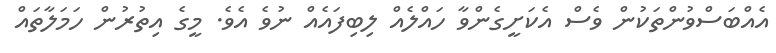
އެއްބަސްވުންތަކުން ވެސް އެކަށީގެންވާ ހައްލެއް ލިބިފައެއް ނުވެ އެވެ. މީގެ އިތުރުން ހަމަލާތައް